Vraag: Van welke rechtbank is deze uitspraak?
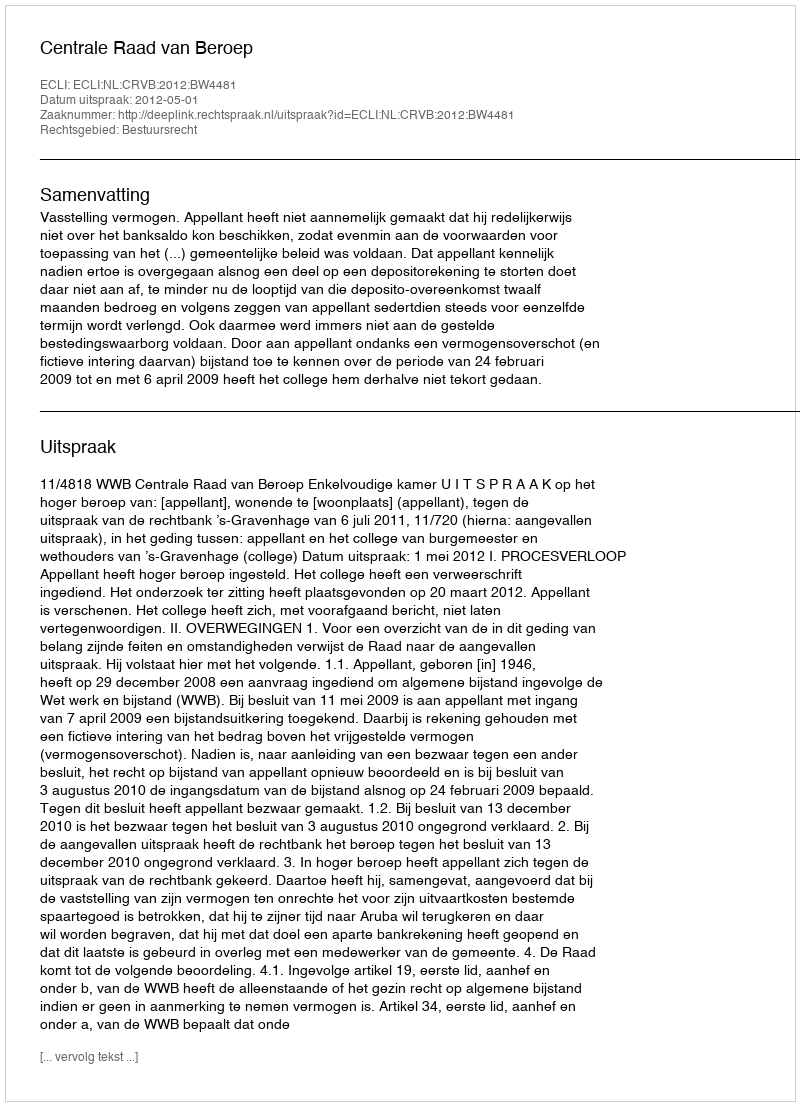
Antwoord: Centrale Raad van Beroep